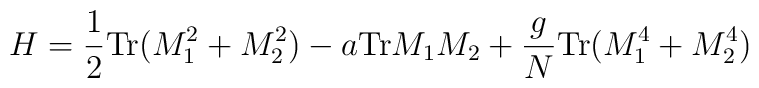
H = {1\over 2} {\rm Tr} (M_{1}^{2} + M_{2}^{2}) - a {\rm Tr} M_{1}M_{2} +   {g\over N} {\rm Tr} (M_{1}^{4} + M_{2}^{4})